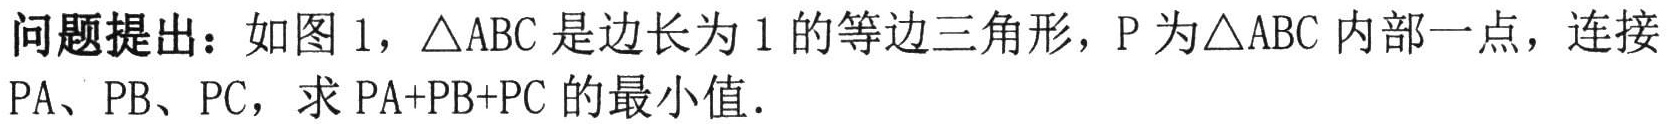
问题提出：如图1，\(\triangle ABC\)是边长为\(1\)的等边三角形，\(P\)为\(\triangle ABC\)内部一点，连接\(PA\)、\(PB\)、\(PC\)，求\(PA + PB + PC\)的最小值.